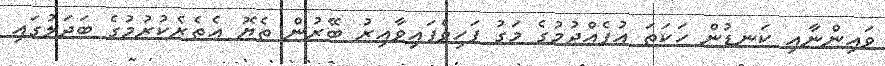
ވައިންނާއި ކަނޑުން ހަކަތަ އުފެއްދުމުގެ މަގު ފަހިވެފައިވާއިރު ބޭރުން ތެޔޮ އެތެރެކުރުމުގެ ބަދަލުގައި